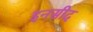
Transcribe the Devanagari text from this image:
इनसीद